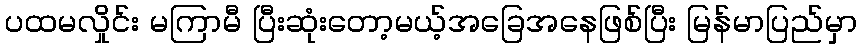
ပထမလှိုင်း မကြာမီ ပြီးဆုံးတော့မယ့်အခြေအနေဖြစ်ပြီး မြန်မာပြည်မှာ